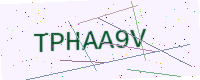
Text: TPHAA9V